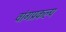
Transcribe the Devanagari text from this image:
वांगप्रकल्प